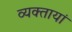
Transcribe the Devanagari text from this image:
व्यक्तायां